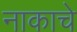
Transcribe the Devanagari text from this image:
नाकाचे